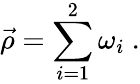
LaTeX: \vec{\rho}=\sum_{i=1}^{2}\omega_{i}\ .